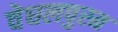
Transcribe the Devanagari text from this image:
वेधलपुरम